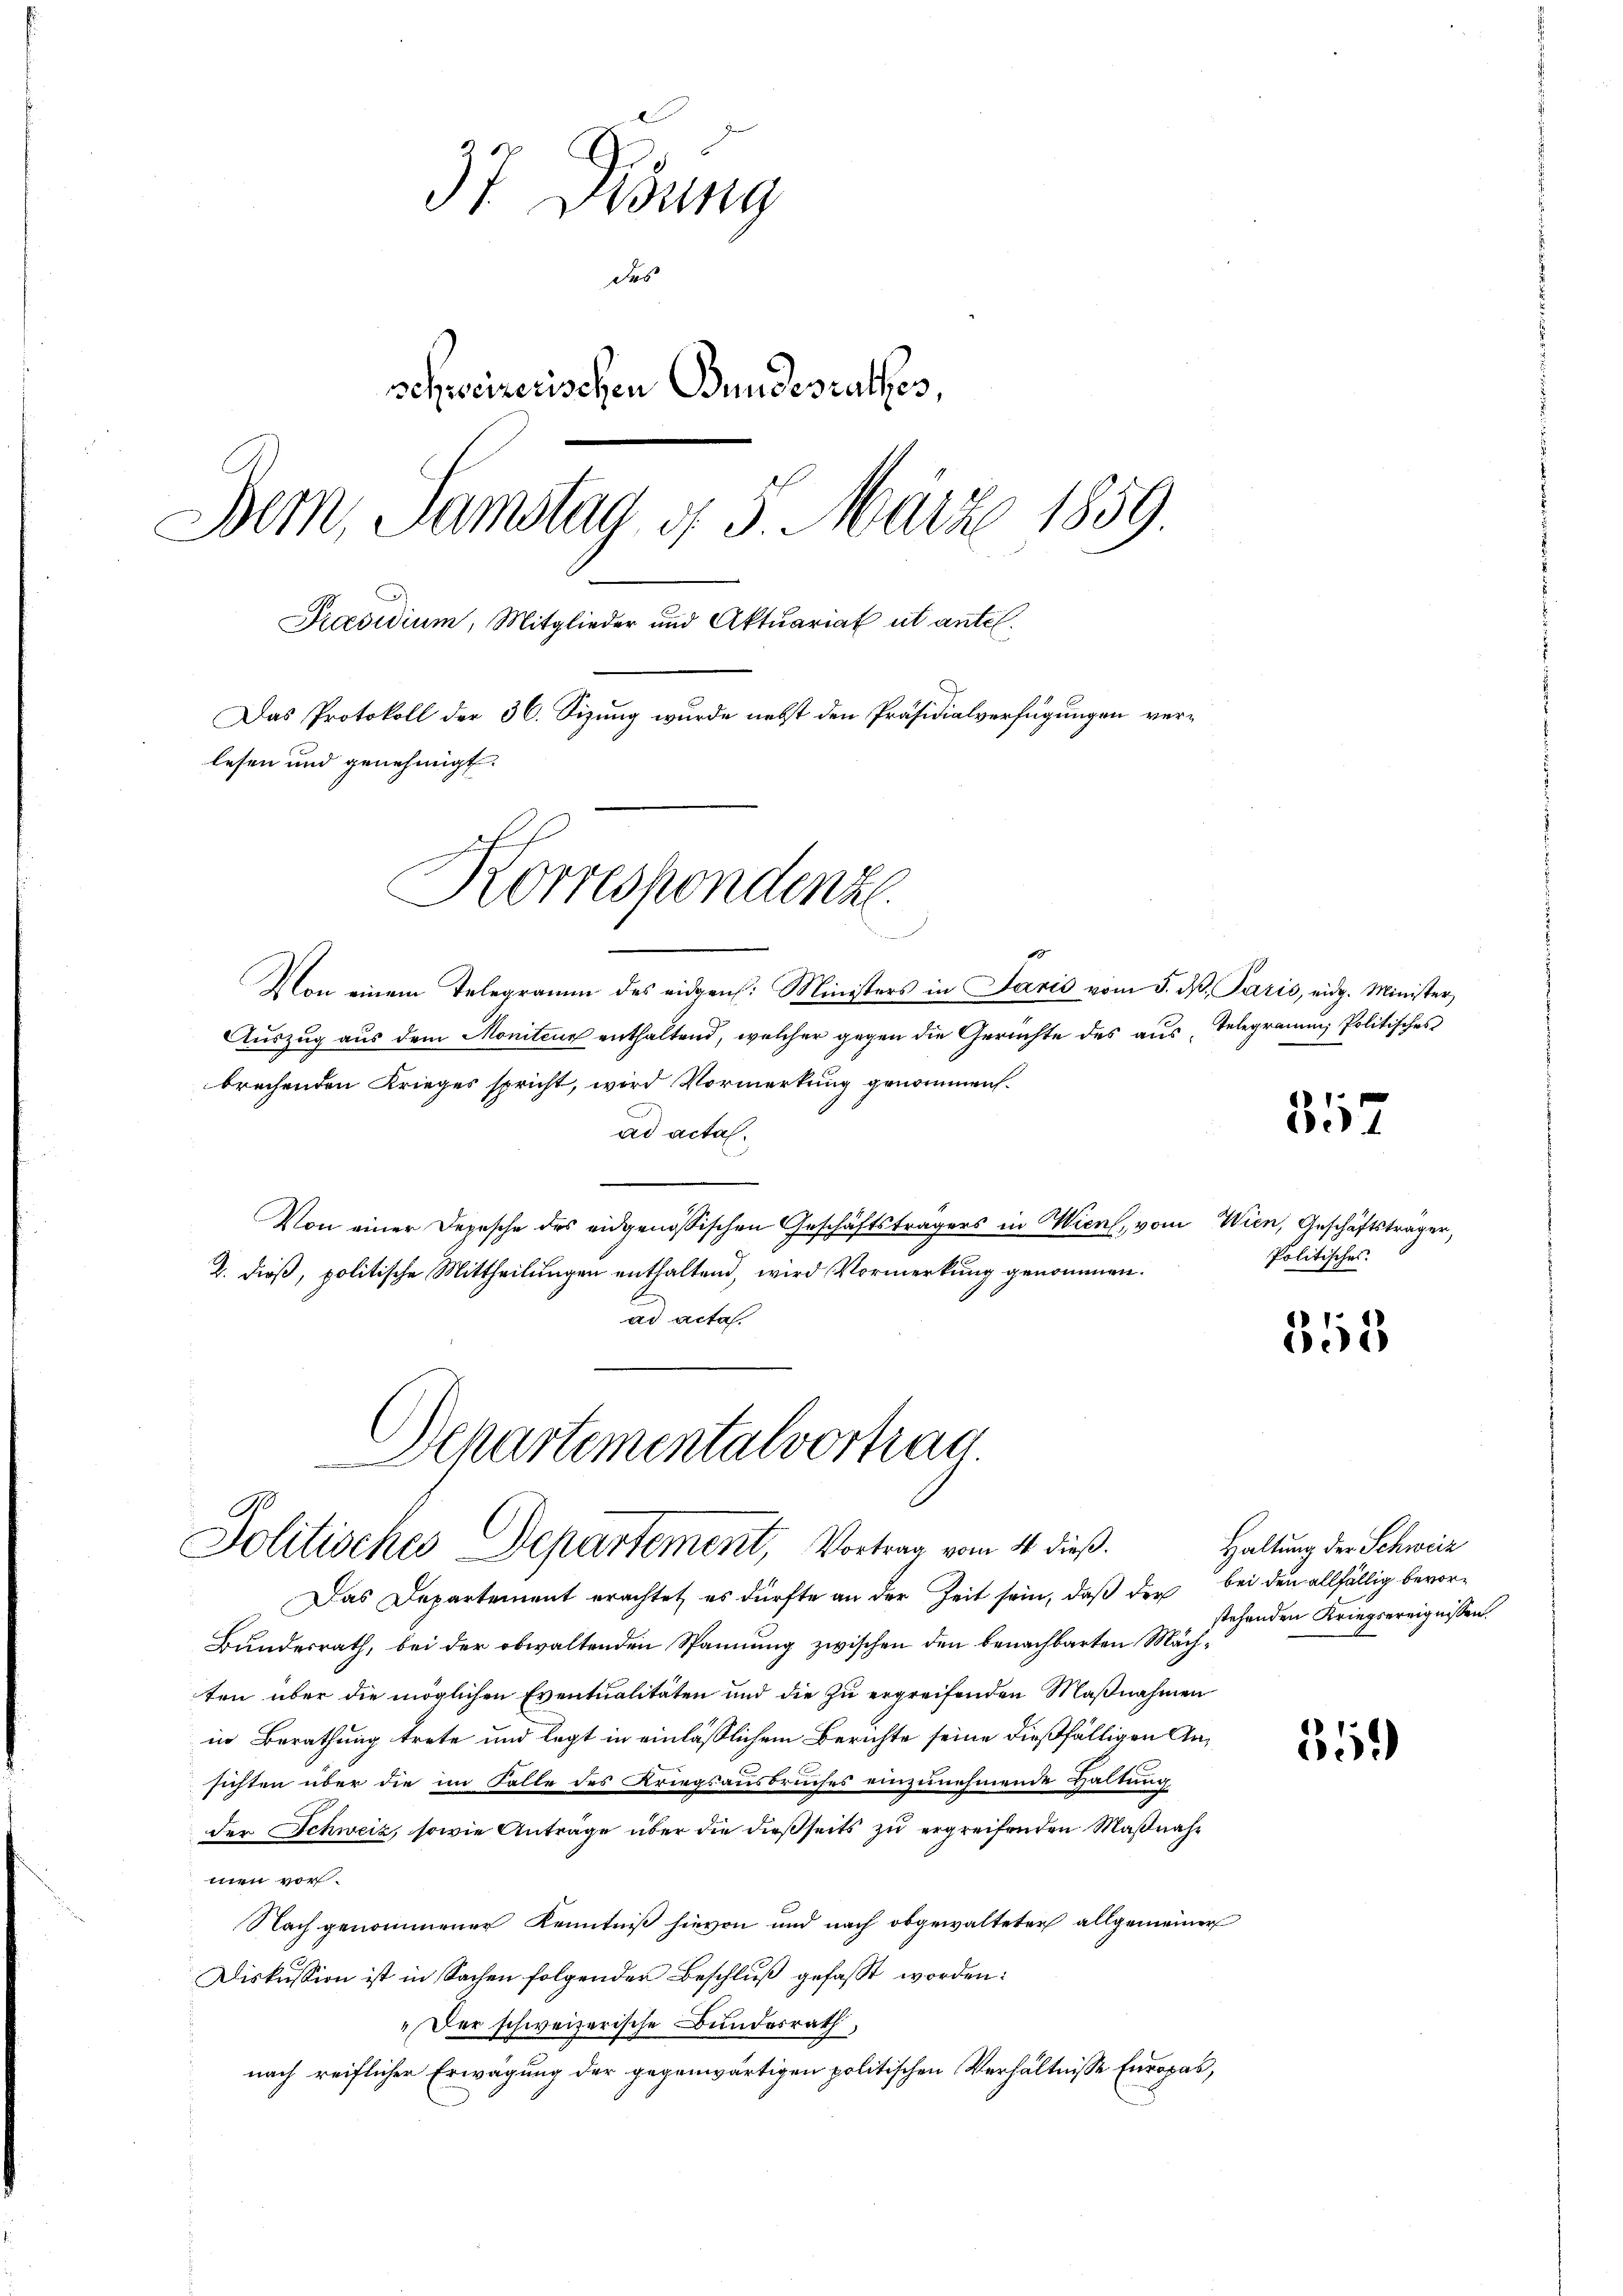
37 Didung
Das
schweizerischen Bundesrathes,
Bern, Samstag, d. 5. März 1859.
Praesidium, Mitglieder und Aktuariat ut antel.
Das Protokoll der 36. Sizung wurde nebst den Präsidialverfügungen verlesen und genehmigt.
Korrespondenz
n

Von einem Telegramm des eidgen. Ministers in Paris vom 5. d. Paris, eidg. Minister,
Auszug aus dem Monitenz enthaltend, welcher gegen die Gerichte des aus, Telegrauen Politisches
brechenden Krieges spricht, wird Vormerkung genommen.
ad acta.
Von einer Depesche des eidgenössischen Geschäftsträgers in Wien, vom Wien, Geschäftsträger,
2. dieß, politische Mittheilungen enthaltend, wird Vormerkung genommen.
ad acta.

Separtementalvertrag
Politisches Departement, Vortrag vom 14. dieß.
Das Departement erachtet, es dürfte an der Zeit sein, daß der bei den allfällig bevor¬

Bundesrath, bei der obwaltenden Spannung zwischen den benachbarten Mächten über die möglichen Eventualitäten und die zu ergreifenden Maßnahmen
in Berathung trete und legt in einlässlichem Berichte seine dießfälligen Ansichten über die im Falle des Kriegsausbruches einzunehmende Haltung
der Schweiz, sowie Anträge über die dießseits zu ergreifenden Maßnahmen vor.
Nach genommener Kenntniß hievon und nach obgewalteter allgemeiner
Diskussion ist in Sachen folgender Beschluß gefaßt worden:
„Der schweizerische Bundesrath,
nach reiflicher Erwägung der gegenwärtigen politischen Verhältnisse Europas,

357

Politisches.

353

Haltung der Schweiz
stehenden Kriegsereignissen.

35